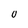
Character: U